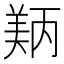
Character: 𬙵